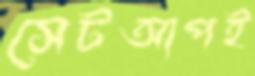
সেটআপই